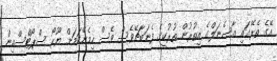
އޭގެ ތެރޭގައި އާސެނަލްގެ އިތުރުން ތުރުކީގެ ފެނަބާޗޭވެސް ވެސް ހިމެނޭކަމަށް ޔޫރޯ ސްޕޯޓްސްއިން